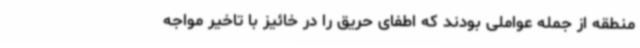
منطقه از جمله عواملی بودند که اطفای حریق را در خائیز با تاخیر مواجه